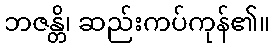
ဘဇန္တိ၊ ဆည်းကပ်ကုန်၏။